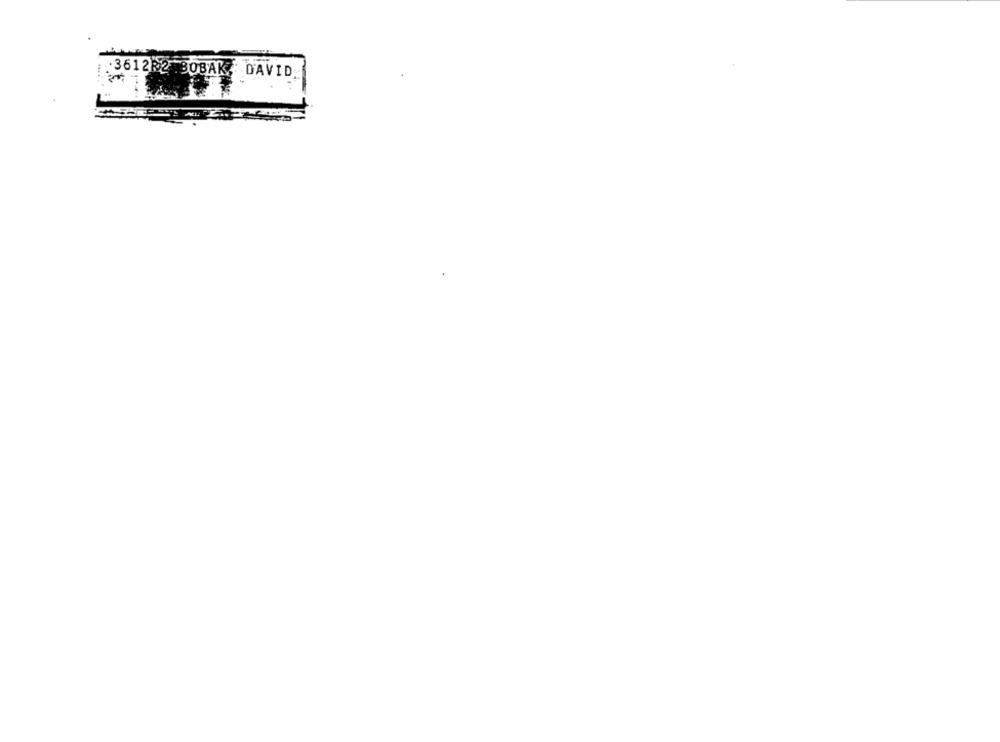
.3612R2 .BOBAK, DAVID